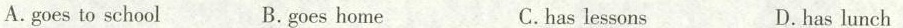
A.goes to school B.goes home C.has lessons D.has lunch